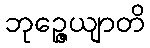
ဘုဉ္ဇေယျာတိ